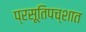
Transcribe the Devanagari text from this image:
प्रसूतिपच्शात